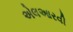
એલઆરવી